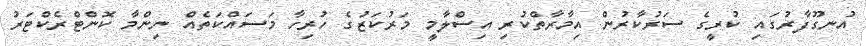
އުނގޫފާރުގައި ކުރީގެ ސަރުކާރުން އިމާރާތްކުރި އިސްލާމީ މަރުކަޒުގެ ހުރިހާ މަސައްކަތެއް ނިންމާ ކޮންޓްރެކްޓަރު